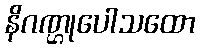
နိဂဏ္ဌုပေါသထော